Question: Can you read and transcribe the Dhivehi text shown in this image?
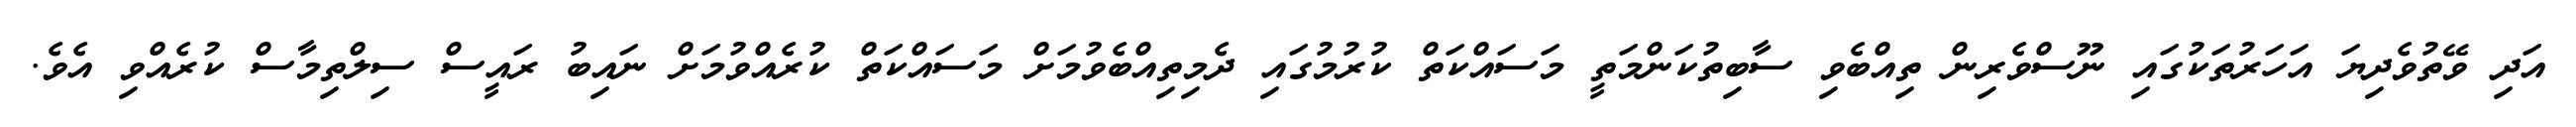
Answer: އަދި ވޭތުވެދިޔަ އަހަރުތަކުގައި ނޫސްވެރިން ތިއްބެވި ސާބިތުކަންމަތީ މަސައްކަތް ކުރުމުގައި ދެމިތިއްބެވުމަށް މަސައްކަތް ކުރެއްވުމަށް ނައިބު ރައީސް ސިލްތިމާސް ކުރެއްވި އެވެ.